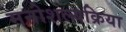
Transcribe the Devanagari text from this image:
मनोशल्यक्रिया